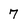
Character: 7